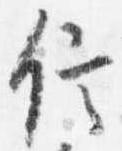
信